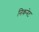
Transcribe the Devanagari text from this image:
निकनेट